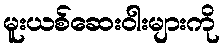
မူးယစ်ဆေးဝါးများကို